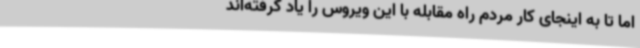
اما تا به اینجای کار مردم راه مقابله با این ویروس را یاد گرفته‌اند